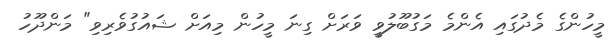
މީހުންގެ މެދުގައި އެންމެ މަގުބޫލުވީ ވަރަށް ގިނަ މީހުން މިއަށް ޝައުގުވެރިވި" މަންދޫހު